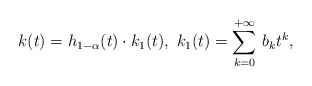
\begin{align*}k(t) = h_{1-\alpha}(t) \cdot k_1(t),\ k_1(t)=\sum_{k=0}^{+\infty}\, b_k t^k,\end{align*}